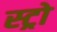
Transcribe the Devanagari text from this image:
स्ट्रो